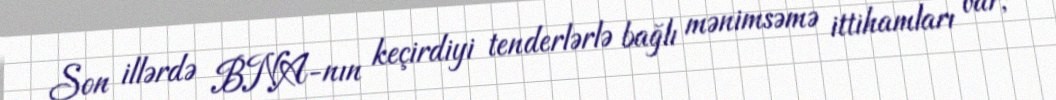
Son illərdə BNA-nın keçirdiyi tenderlərlə bağlı mənimsəmə ittihamları var;